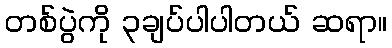
တစ်ပွဲကို ၃ချပ်ပါပါတယ် ဆရာ။